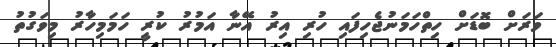
ވަރަށް ބޮޑަށް ހިތްހަމަނުޖެހިފައި ހުރި އިރު އޭނާ އަމުރު ކުރީ ހަމަމިހާރު މިވަގުތު